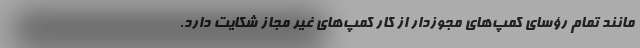
مانند تمام رؤسای کمپ‌های مجوزدار از کار کمپ‌های غیر مجاز شکایت دارد.